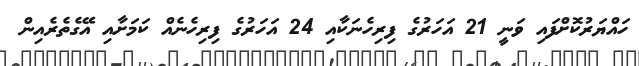
ހައްޔަރުކޮށްފައި ވަނީ 21 އަހަރުގެ ފިރިހެނަކާއި 24 އަހަރުގެ ފިރިހެނެއް ކަމަށާއި އޭގެތެރެއިން